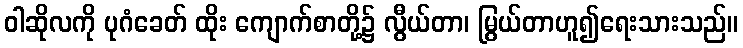
ဝါဆိုလကို ပုဂံခေတ် ထိုး ကျောက်စာတို့၌ လွီယ်တာ၊ မြွယ်တာဟူ၍ရေးသားသည်။